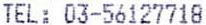
TEL: 03-56127718